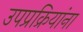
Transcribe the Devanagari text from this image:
उपप्रक्रियांना